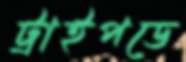
ট্রাইপডে